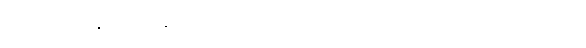
အို၊ မီလာနီက ပြန်ချင်လှလို့ မဟုတ်ပါဘူး၊ စကားလက်ကလည်း